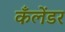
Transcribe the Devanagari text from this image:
कँलेंडर